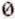
0